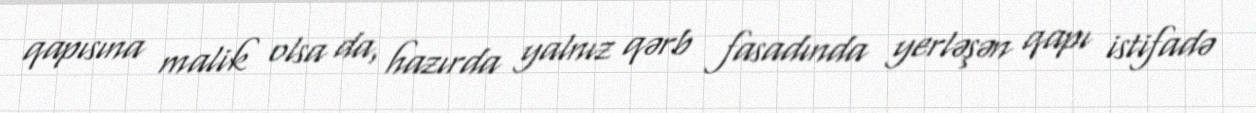
qapısına malik olsa da, hazırda yalnız qərb fasadında yerləşən qapı istifadə